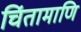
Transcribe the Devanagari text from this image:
चिंतामाणि